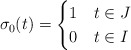
\begin{align*}\sigma_0(t)=\begin{cases}1 & t \in J \\0 & t \in I \\\end{cases}\end{align*}